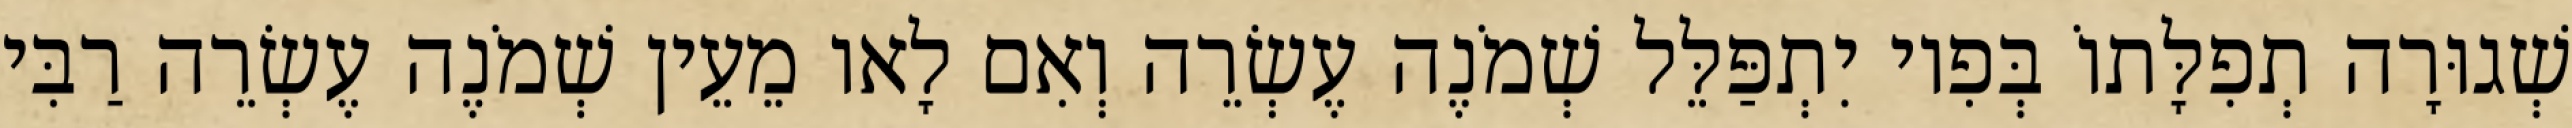
שְׁגוּרָה תְפִלָּתוֹ בְּפִיו יִתְפַּלֵּל שְׁמֹנֶה עֶשְׂרֵה וְאִם לָאו מֵעֵין שְׁמֹנֶה עֶשְׂרֵה רַבִּי